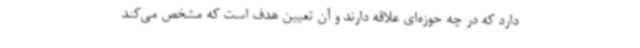
دارد که در چه حوزه‌ای علاقه دارند و آن تعیین هدف است که مشخص می‌کند